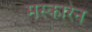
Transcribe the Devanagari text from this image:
मस्कारेन